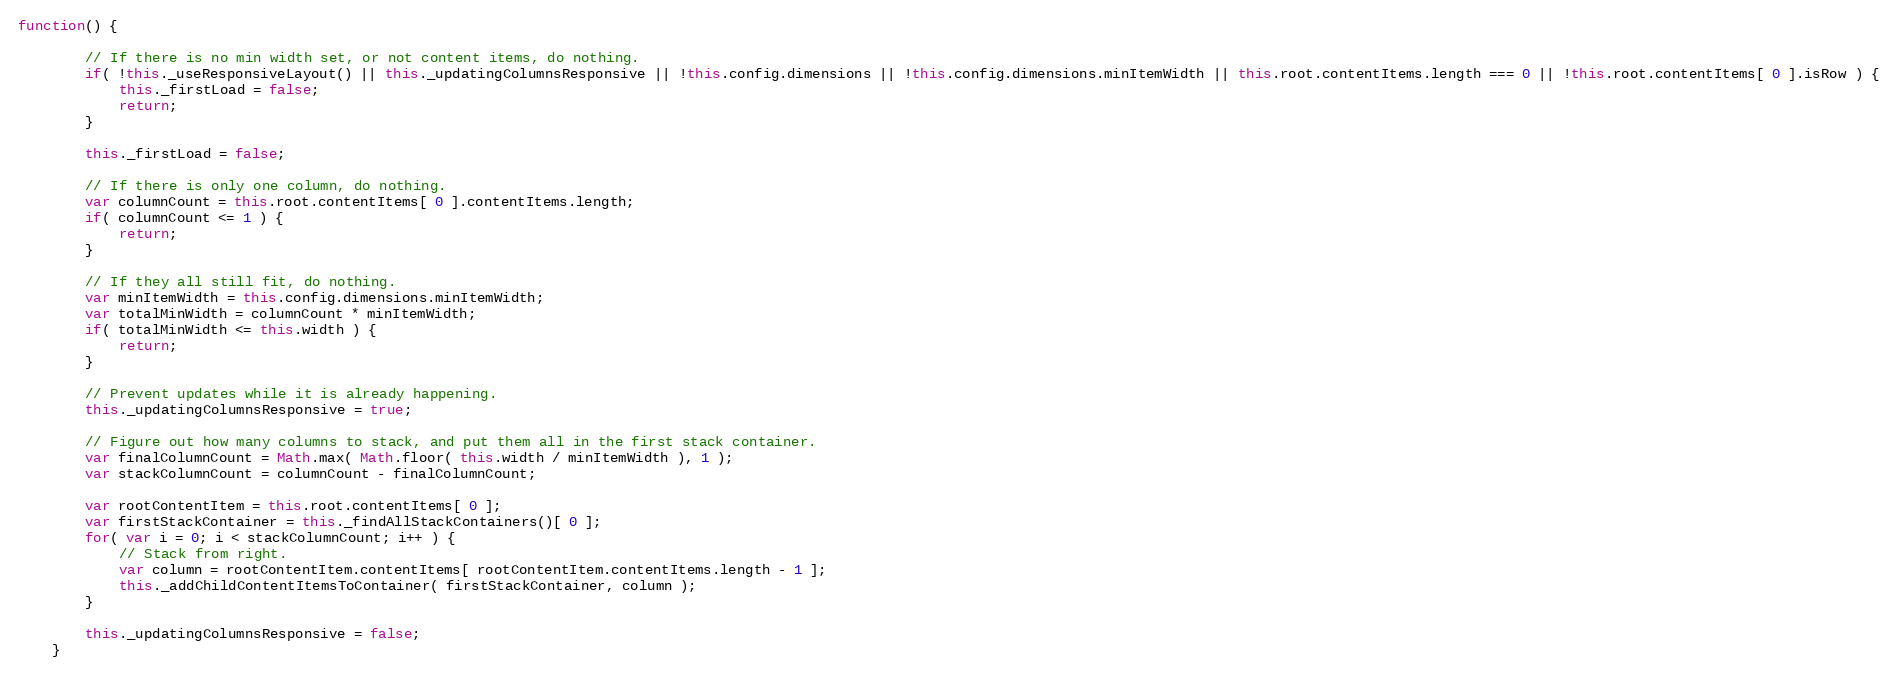
Language: JavaScript
function() {

		// If there is no min width set, or not content items, do nothing.
		if( !this._useResponsiveLayout() || this._updatingColumnsResponsive || !this.config.dimensions || !this.config.dimensions.minItemWidth || this.root.contentItems.length === 0 || !this.root.contentItems[ 0 ].isRow ) {
			this._firstLoad = false;
			return;
		}

		this._firstLoad = false;

		// If there is only one column, do nothing.
		var columnCount = this.root.contentItems[ 0 ].contentItems.length;
		if( columnCount <= 1 ) {
			return;
		}

		// If they all still fit, do nothing.
		var minItemWidth = this.config.dimensions.minItemWidth;
		var totalMinWidth = columnCount * minItemWidth;
		if( totalMinWidth <= this.width ) {
			return;
		}

		// Prevent updates while it is already happening.
		this._updatingColumnsResponsive = true;

		// Figure out how many columns to stack, and put them all in the first stack container.
		var finalColumnCount = Math.max( Math.floor( this.width / minItemWidth ), 1 );
		var stackColumnCount = columnCount - finalColumnCount;

		var rootContentItem = this.root.contentItems[ 0 ];
		var firstStackContainer = this._findAllStackContainers()[ 0 ];
		for( var i = 0; i < stackColumnCount; i++ ) {
			// Stack from right.
			var column = rootContentItem.contentItems[ rootContentItem.contentItems.length - 1 ];
			this._addChildContentItemsToContainer( firstStackContainer, column );
		}

		this._updatingColumnsResponsive = false;
	}